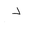
Letter: _dal